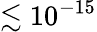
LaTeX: \lesssim 10^{-15}